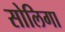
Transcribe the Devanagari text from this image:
सोलिगा